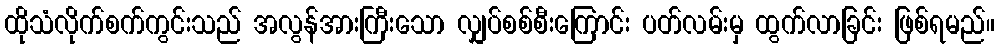
ထိုသံလိုက်စက်ကွင်းသည် အလွန်အားကြီးသော လျှပ်စစ်စီးကြောင်း ပတ်လမ်းမှ ထွက်လာခြင်း ဖြစ်ရမည်။